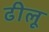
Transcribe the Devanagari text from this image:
ढीलू